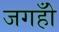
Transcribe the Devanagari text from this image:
जगहोँ